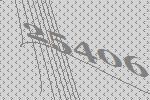
25406